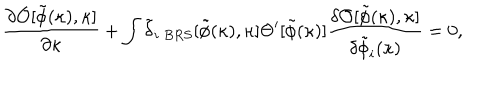
{ \frac { \partial { \cal O } [ \tilde { \phi } ( \kappa ) , \kappa ] } { \partial \kappa } } + \int \tilde { \delta } _ { i \ B R S } [ \tilde { \phi } ( \kappa ) , \kappa ] \Theta ^ { \prime } [ \tilde { \phi } ( \kappa ) ] { \frac { \delta { \cal O } [ \tilde { \phi } ( \kappa ) , \kappa ] } { \delta \tilde { \phi } _ { i } ( \kappa ) } } = 0 ,